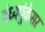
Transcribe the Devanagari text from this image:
बंध्यपुंकेसर